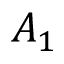
A _ { 1 }